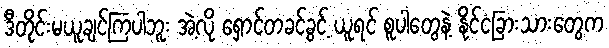
ဒီတိုင်းမယူချင်ကြပါဘူး အဲ့လို ရှောင်တခင်ခွင့် ယူရင် စူပါတွေနဲ့ နိုင်ငံခြားသားတွေက